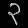
Digit: ၃